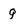
Character: g